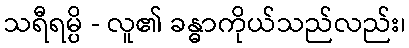
သရီရမ္ပိ - လူ၏ ခန္ဓာကိုယ်သည်လည်း၊